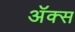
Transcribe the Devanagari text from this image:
अॅक्स